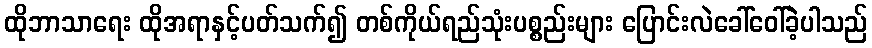
ထိုဘာသာရေး ထိုအရာနှင့်ပတ်သက်၍ တစ်ကိုယ်ရည်သုံးပစ္စည်းများ ပြောင်းလဲခေါ်ဝေါ်ခဲ့ပါသည်